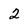
Character: 2